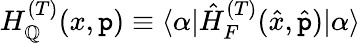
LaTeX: H_{\mathbb{Q}}^{(T)}(x,\mathtt{p})\equiv\langle\alpha|\hat{{H}}_{F}^{(T)}(\hat{{x}},\hat{{\mathtt{p}}})|\alpha\rangle